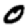
Digit: 0